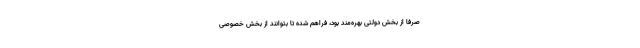
صرفا از بخش دولتی بهره‌مند بود، فراهم شده تا بتوانند از بخش خصوصی